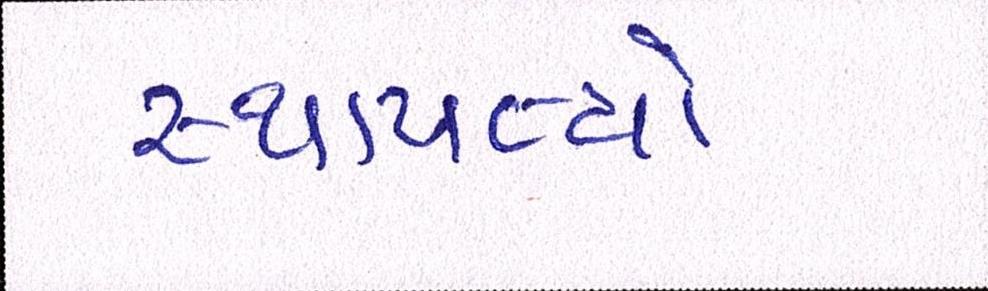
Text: સ્થાપત્યો